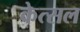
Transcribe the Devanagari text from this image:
केत्सल